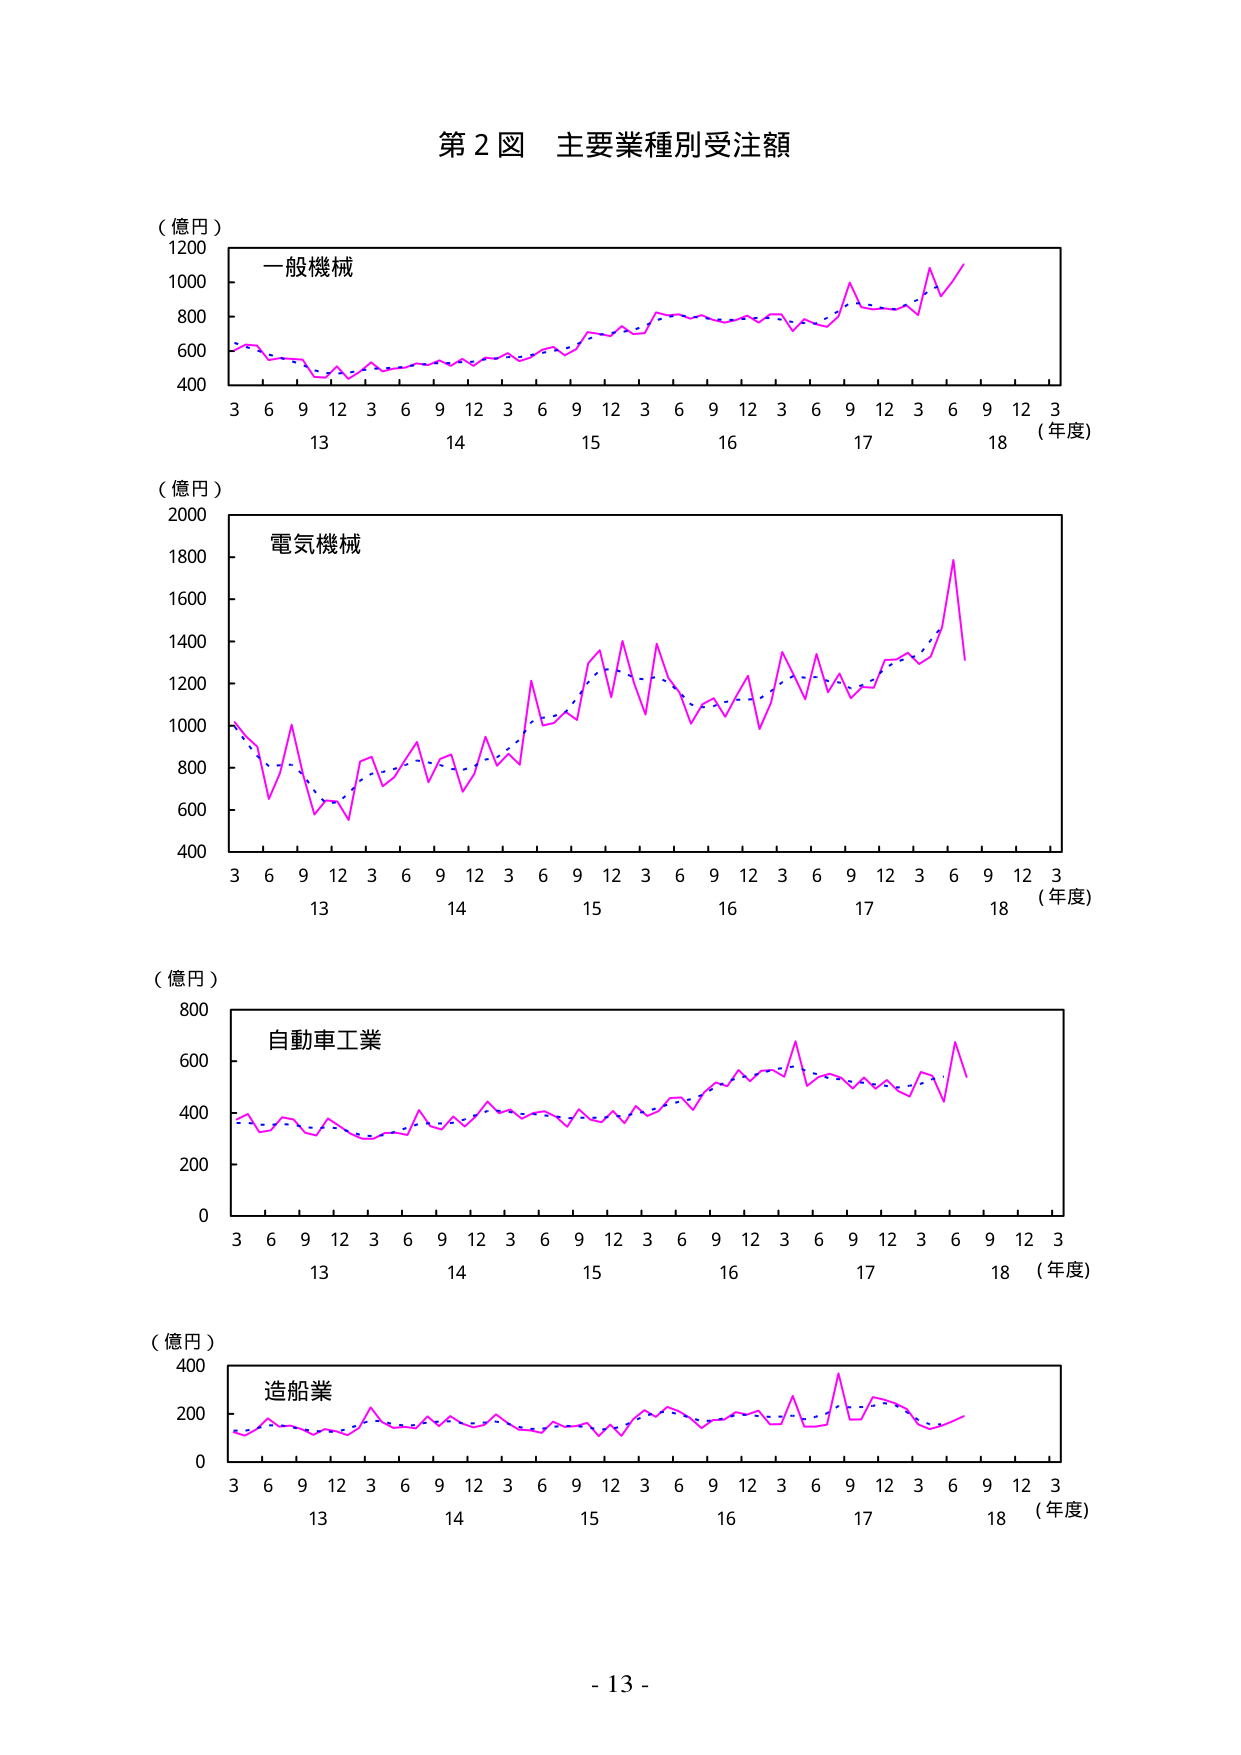
第２図 主要業種別受注額

（億円）
1200
1000
800
600
400
一般機械
3 6 9 12 3 6 9 12 3 6 9 12 3 6 9 12 3 6 9 12 3
13 14 15 16 17 18 （年度）

（億円）
2000
1800
1600
1400
1200
1000
800
600
400
電気機械
3 6 9 12 3 6 9 12 3 6 9 12 3 6 9 12 3 6 9 12 3
13 14 15 16 17 18 （年度）

（億円）
800
600
400
200
0
自動車工業
3 6 9 12 3 6 9 12 3 6 9 12 3 6 9 12 3 6 9 12 3
13 14 15 16 17 18 （年度）

（億円）
400
200
0
造船業
3 6 9 12 3 6 9 12 3 6 9 12 3 6 9 12 3 6 9 12 3
13 14 15 16 17 18 （年度）

- 13 -